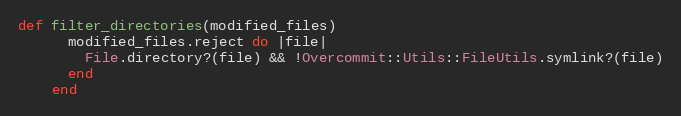
Language: Ruby
def filter_directories(modified_files)
      modified_files.reject do |file|
        File.directory?(file) && !Overcommit::Utils::FileUtils.symlink?(file)
      end
    end